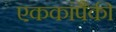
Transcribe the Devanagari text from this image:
एककांपैकी